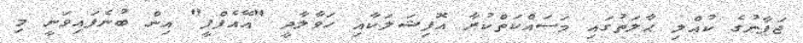
ޖަޕާނުގެ ކުއްލި ޙާލަތުގައި މަސައްކަތްކުރާ އޮފިޝަލަކާއި ހަވާލާދީ "އޭއެފްޕީ" އިން ބުނެފައިވަނީ މި